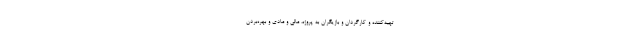
تهیه‌کننده و کارگردان و بازیگران به پروژه، مالی و مادی و بهره‌بردن